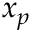
x _ { p }